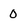
Character: 0